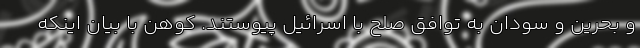
و بحرین و سودان به توافق صلح با اسرائیل پیوستند. کوهن با بیان اینکه